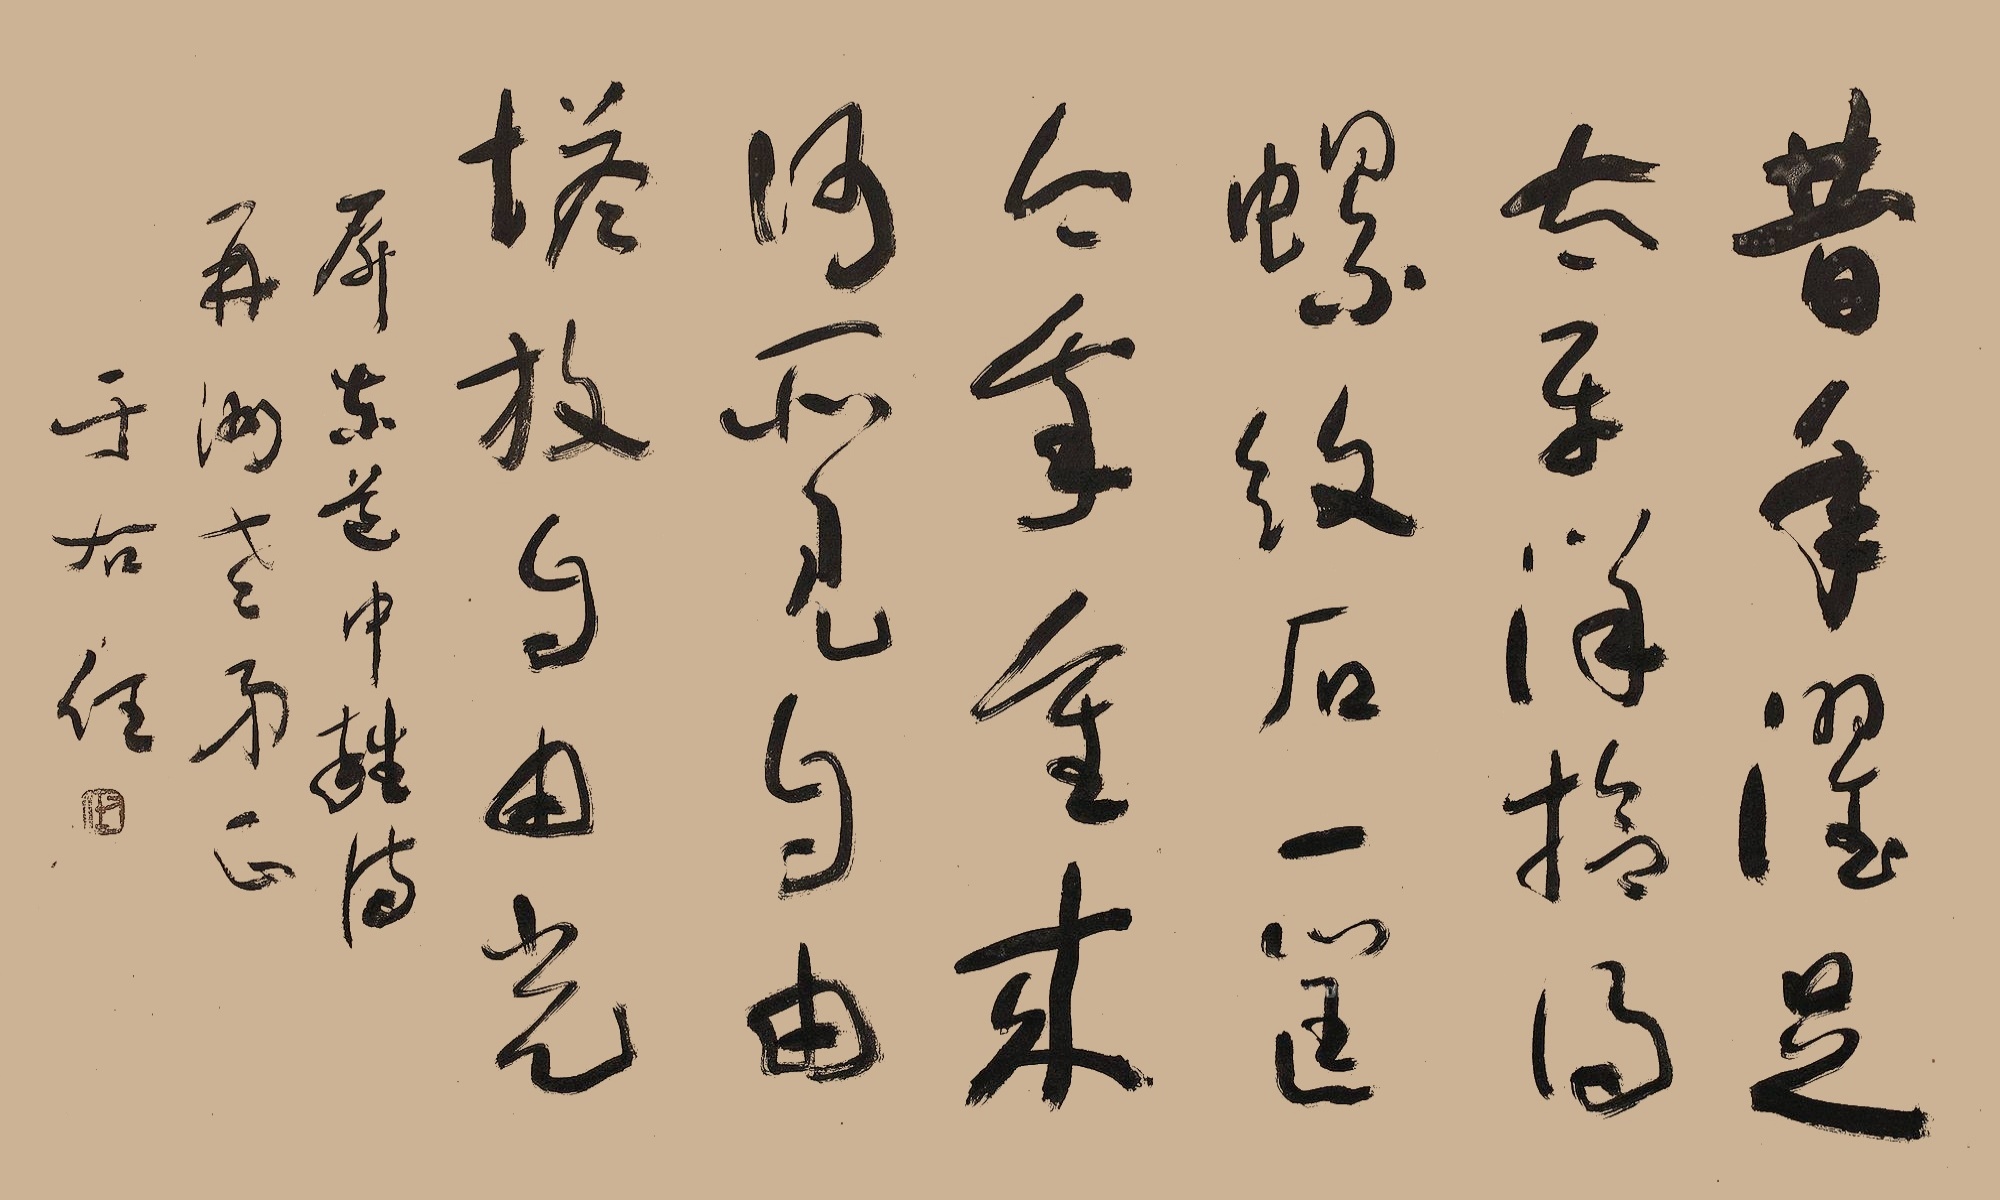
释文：昔年濯足太平洋，拾得螺纹石一筐。今我重来何所见，自由塔放自由光。屏东道中醉诗，再舟老弟正，于右任。